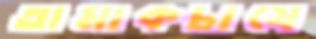
তামাকচাষে